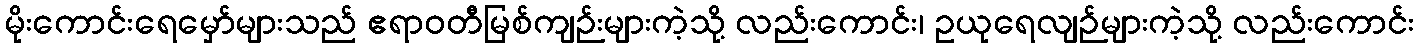
မိုးကောင်းရေမှော်များသည် ဧရာဝတီမြစ်ကျဉ်းများကဲ့သို့ လည်းကောင်း၊ ဥယုရေလျဉ်များကဲ့သို့ လည်းကောင်း